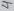
Text: 4